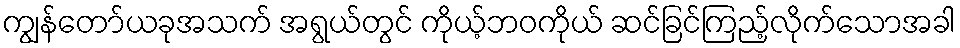
ကျွန်တော်ယခုအသက် အရွယ်တွင် ကိုယ့်ဘဝကိုယ် ဆင်ခြင်ကြည့်လိုက်သောအခါ